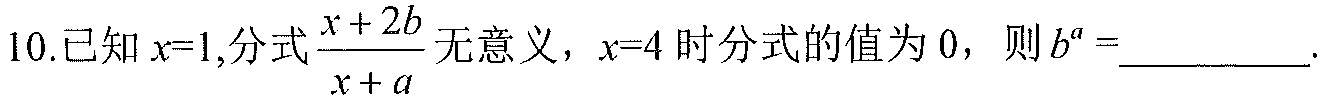
10.已知\(x = 1\),分式\(\frac{x + 2b}{x + a}\)无意义，\(x = 4\)时分式的值为\(0\)，则\(b^{a}=\)_________.